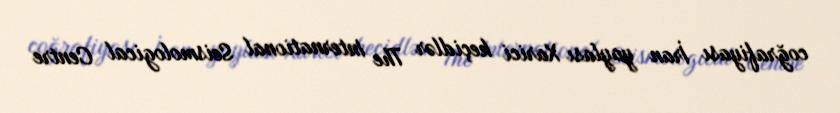
coğrafiyası İran yaylası Xarici keçidlər The International Seismological Centre